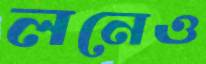
লনেও